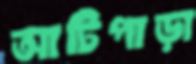
আটিপাড়া